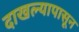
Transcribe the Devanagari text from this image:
दाखल्यापासून